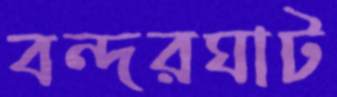
বন্দরঘাট